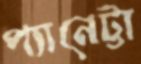
প্যানেট্টা